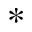
^ *